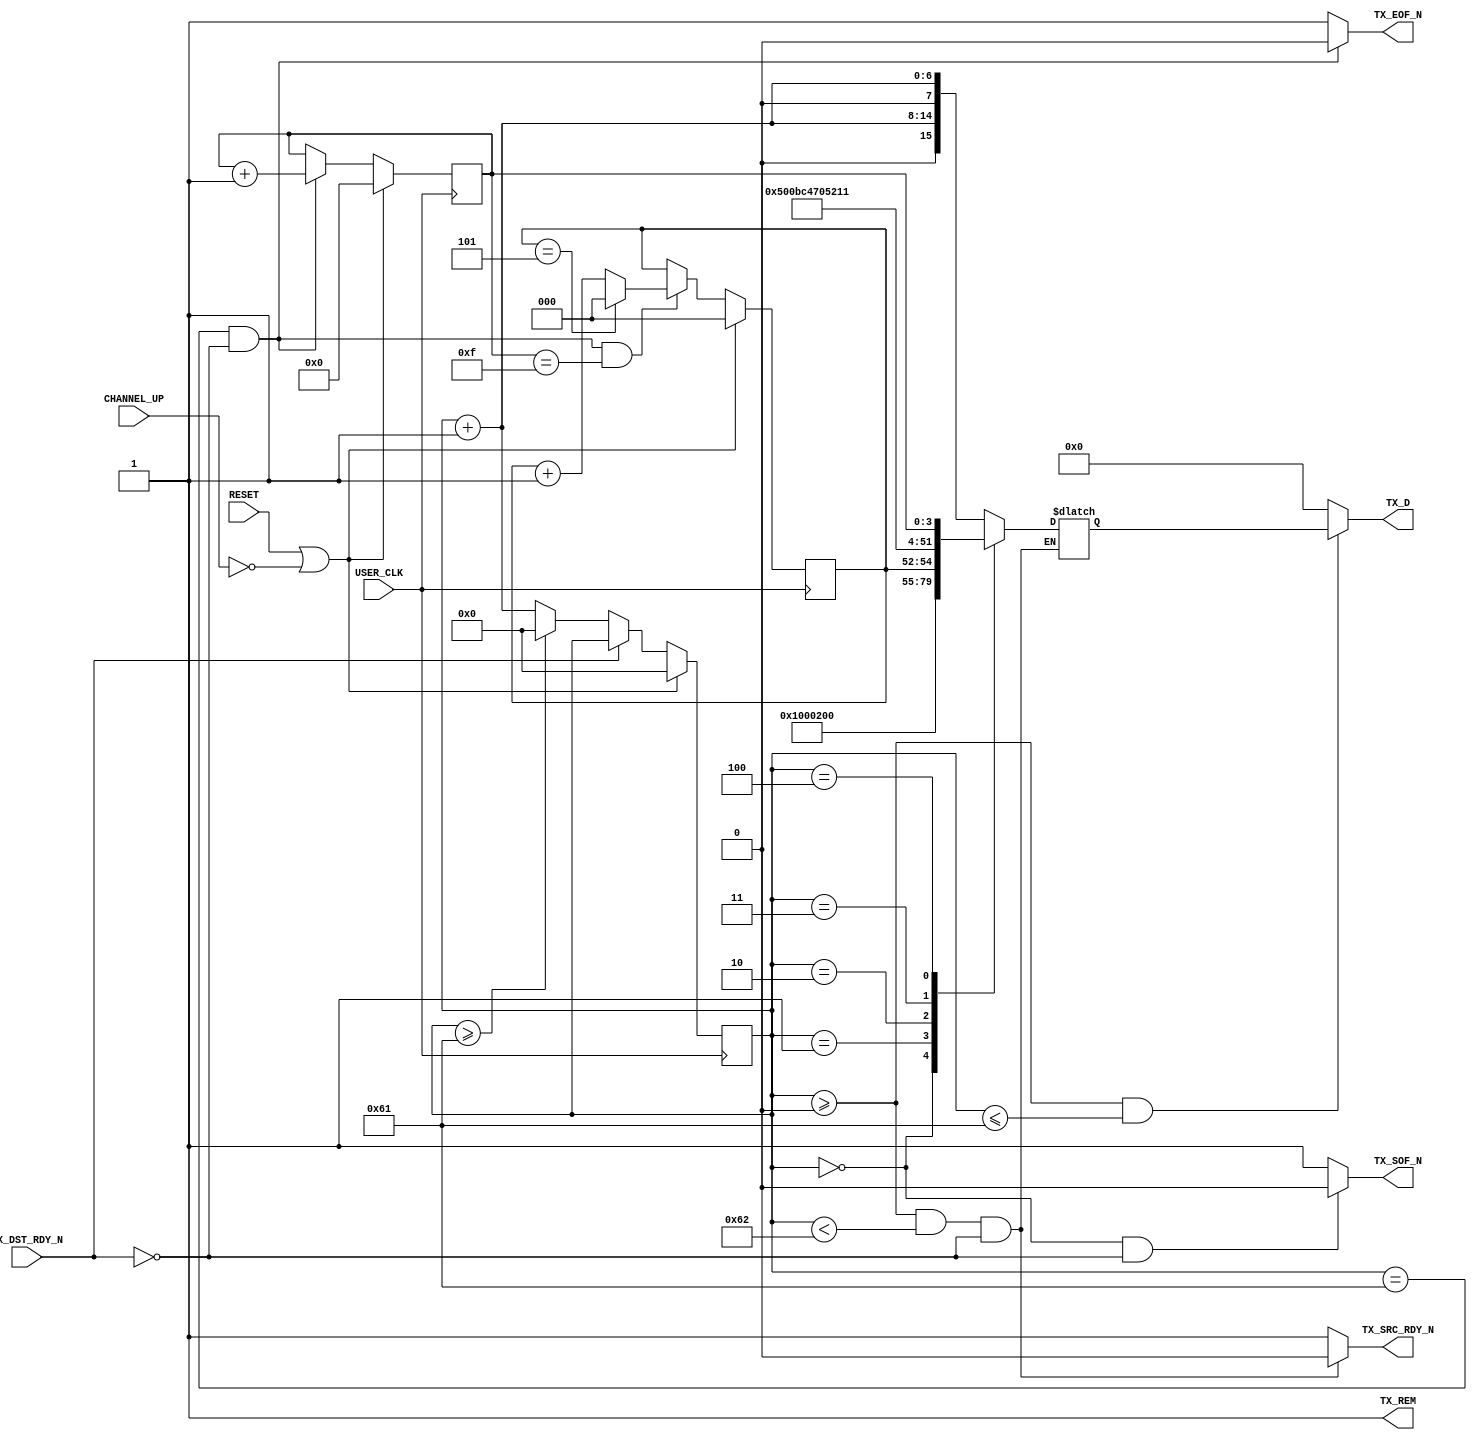
module aurora_8b10b_v8_3_FRAME_GEN
(
    // User Interface
    TX_D, 
    TX_REM,    
    TX_SOF_N,      
    TX_EOF_N,
    TX_SRC_RDY_N,
    TX_DST_RDY_N,

    // System Interface
    USER_CLK,      
    RESET,
    CHANNEL_UP
);
//*****************************Parameter Declarations****************************

//***********************************Port Declarations*******************************

   // User Interface
    output  [15:0]     TX_D;
    output             TX_REM;
    output             TX_SOF_N;
    output             TX_EOF_N;
    output             TX_SRC_RDY_N;
    input              TX_DST_RDY_N;

      // System Interface
    input              USER_CLK;
    input              RESET;
    input              CHANNEL_UP;  
 
    wire               reset_c;
    wire    [15:0]     TX_D;
	 reg		[15:0]	  TX_D_i;
	 (* KEEP = "TRUE" *)
    reg     [6:0]      word_cnt;
    reg     [3:0]      ts_cc;
    reg     [2:0]      dst_slot;
    wire    [3:0]      dst_chn;
    wire    [12:0]     ts_pid;

//*********************************Main Body of Code**********************************

  //Generate RESET signal when Aurora channel is not ready
  assign reset_c = RESET || !CHANNEL_UP;

always @(posedge USER_CLK)  
begin
    if(reset_c==1'b1)
    begin
        word_cnt   <=  {7{1'b0}};
    end
    else if(TX_DST_RDY_N==1'b0)
    begin
        if(word_cnt>=97)  
//        if(word_cnt>=108)   //avoid master board RAM overflow
        begin
            word_cnt   <=  {7{1'b0}};
        end
        else
        begin
            word_cnt   <=  word_cnt + 1;
        end
    end
end

always @(posedge USER_CLK)  
begin
    if(reset_c==1'b1)
    begin
        ts_cc    <=  4'h0;
    end
    else if(TX_EOF_N==1'b0)
    begin
        ts_cc    <=  ts_cc + 'h1;
    end
end

assign  ts_pid  =   {1'b0,12'h521};
assign  dst_chn =   4'h5;

always @(posedge USER_CLK)  
begin
    if(reset_c==1'b1)
    begin
        dst_slot    <=  3'b000;
    end
    else if((TX_EOF_N==1'b0) && (ts_cc==15))
    begin
        if(dst_slot==5)
        begin
            dst_slot    <=  3'b000;
        end
        else
        begin
            dst_slot    <=  dst_slot + 'h1;
        end
    end
end
wire    [6:0]      		word_cnt_buf;    
assign  TX_REM          = 1'b1;
assign  TX_SRC_RDY_N    = ((word_cnt>=0) && (word_cnt<98) && (TX_DST_RDY_N==1'b0))   ?   1'b0 : 1'b1;
assign  TX_SOF_N        = ((word_cnt==0) && (TX_DST_RDY_N==1'b0))  ?   1'b0 : 1'b1;
assign  TX_EOF_N        = ((word_cnt==97) && (TX_DST_RDY_N==1'b0)) ?   1'b0 : 1'b1;
assign  word_cnt_buf    =  word_cnt + 'h1;
assign  TX_D				= ((word_cnt>=0) &&(word_cnt <= 97))	?	TX_D_i : 0;
always@*
begin
    if(TX_SRC_RDY_N==1'b0)
    begin
        case(word_cnt)
            //ECM PACKET
            7'd0:   TX_D_i    =   16'h8001;                                   //packet type
            7'd1:   TX_D_i    =   {{9{1'b0}},dst_slot[2:0],dst_chn[3:0]};     //{src_slot[11:8],dst_slot[7:4],chan[3:0]}
            7'd2:   TX_D_i    =   16'h00bc;                                   //packet length:188bytes
            7'd3:   TX_D_i    =   {8'h47,{3{1'b0}},ts_pid[12:8]};              //ts packet;
            7'd4:   TX_D_i    =   {ts_pid[7:0],4'h01,ts_cc[3:0]};             //1024 pid:0x100~0x4ff,only payload        
            default:TX_D_i    =   {1'b0,word_cnt_buf[6:0],1'b0,word_cnt_buf[6:0]};     //16'h0606~16'h6262
        endcase
    end
end                    

endmodule